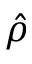
\hat { \rho }